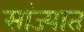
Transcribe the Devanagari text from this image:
सांज्यात